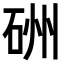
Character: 𥒁